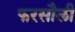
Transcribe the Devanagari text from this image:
फरसौली